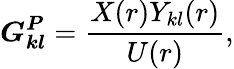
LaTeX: \boldsymbol{G_{kl}^{P}}=\frac{X(r)Y_{kl}(r)}{U(r)},